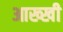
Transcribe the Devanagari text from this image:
आख्खी